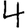
Digit: 4